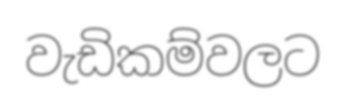
වැඩිකම්වලට